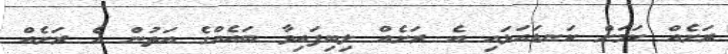
ރަށެއް ކަމަށް ކަނޑައަޅައި އެ ރަށެއް ލިބިފައިވާ ބައެއްގެ އަތުން އެ ރަށެއް